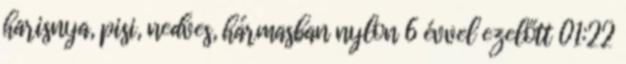
harisnya, pisi, nedves, hármasban nylon 6 évvel ezelőtt 01:22